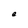
Character: e